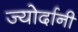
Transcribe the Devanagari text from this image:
ज्योर्दानी